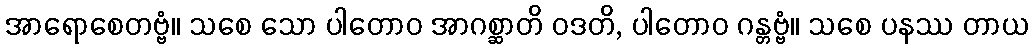
အာရောစေတဗ္ဗံ။ သစေ သော ပါတောဝ အာဂစ္ဆာတိ ဝဒတိ, ပါတောဝ ဂန္တဗ္ဗံ။ သစေ ပနဿ တာယ